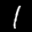
Label: 1